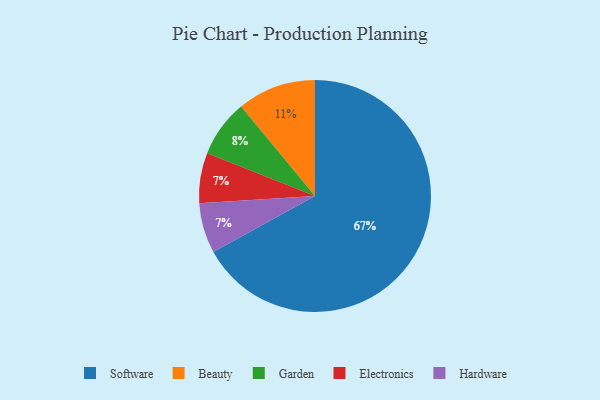
{"axis": {"x": "Category", "y": "Percentage"}, "legend": ["Beauty", "Electronics", "Garden", "Hardware", "Software"], "data": [{"x": "Garden", "y": 8, "type": "Garden"}, {"x": "Electronics", "y": 7, "type": "Electronics"}, {"x": "Software", "y": 67, "type": "Software"}, {"x": "Beauty", "y": 11, "type": "Beauty"}, {"x": "Hardware", "y": 7, "type": "Hardware"}]}